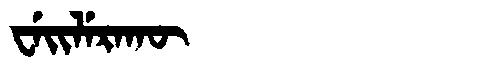
Manchu: ᠸᡝᡳᠯᡝᡵᠠᡴᡡ
Romanization: WEILERAKŪ